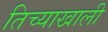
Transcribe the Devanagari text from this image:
तिच्याखाली